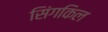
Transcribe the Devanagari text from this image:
सिंगकिल